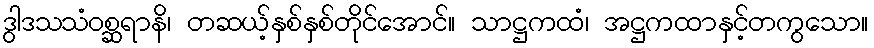
ဒွါဒသသံဝစ္ဆရာနိ၊ တဆယ့်နှစ်နှစ်တိုင်အောင်။ သာဋ္ဌကထံ၊ အဋ္ဌကထာနှင့်တကွသော။